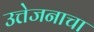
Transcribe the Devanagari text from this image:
उत्तेजनाचा